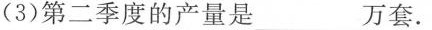
(3)第二季度的产量是___万套。